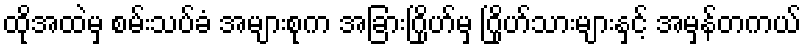
ထိုအထဲမှ စမ်းသပ်ခံ အများစုက အခြားဂြိုဟ်မှ ဂြိုဟ်သားများနှင့် အမှန်တကယ်